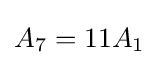
A_{7}=11A_{1}